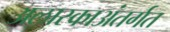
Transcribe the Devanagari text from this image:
अलास्काअंतर्गत